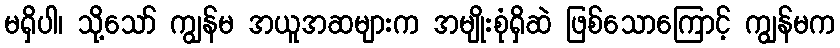
မရှိပါ၊ သို့သော် ကျွန်မ အယူအဆများက အမျိုးစုံရှိဆဲ ဖြစ်သောကြောင့် ကျွန်မက